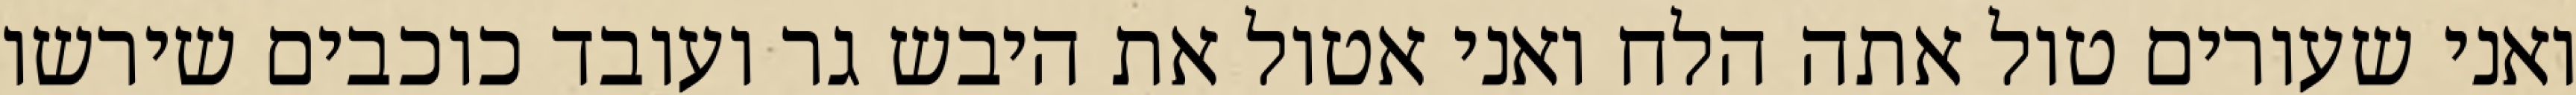
ואני שעורים טול אתה הלח ואני אטול את היבש גר ועובד כוכבים שירשו